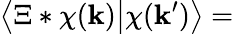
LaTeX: \big\langle\Xi*\chi(\mathbf{k})\big|\chi(\mathbf{k}^{\prime})\big\rangle=